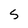
Character: S